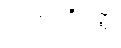
လဟုပရိဝတ္တံ